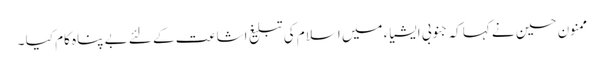
ممنون حسین نے کہا کہ جنوبی ایشیاء میں اسلام کی تبلیغ اشاعت کے لئے بے پناہ کام کیا ۔